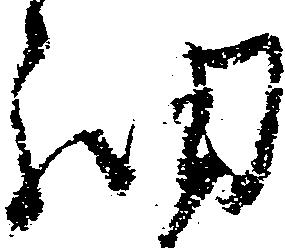
細